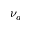
\nu _ { a }